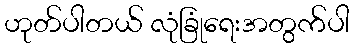
ဟုတ်ပါတယ် လုံခြုံရေးအတွက်ပါ